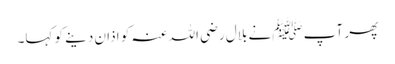
پھر آپ ﷺنے بلال رضی اللہ عنہ کو اذان دینے کو کہا۔